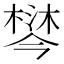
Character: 𣙄